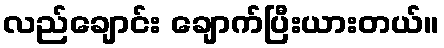
လည်ချောင်း ချောက်ပြီးယားတယ်။